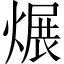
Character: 𱫻